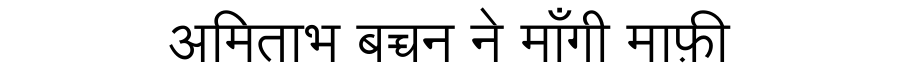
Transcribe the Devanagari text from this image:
अमिताभ बच्चन ने माँगी माफ़ी